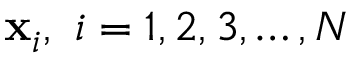
\mathbf { x } _ { i } , \ i = 1 , 2 , 3 , \dotsc , N